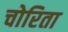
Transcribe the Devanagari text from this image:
चोरिता